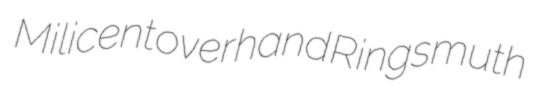
Milicent overhand Ringsmuth